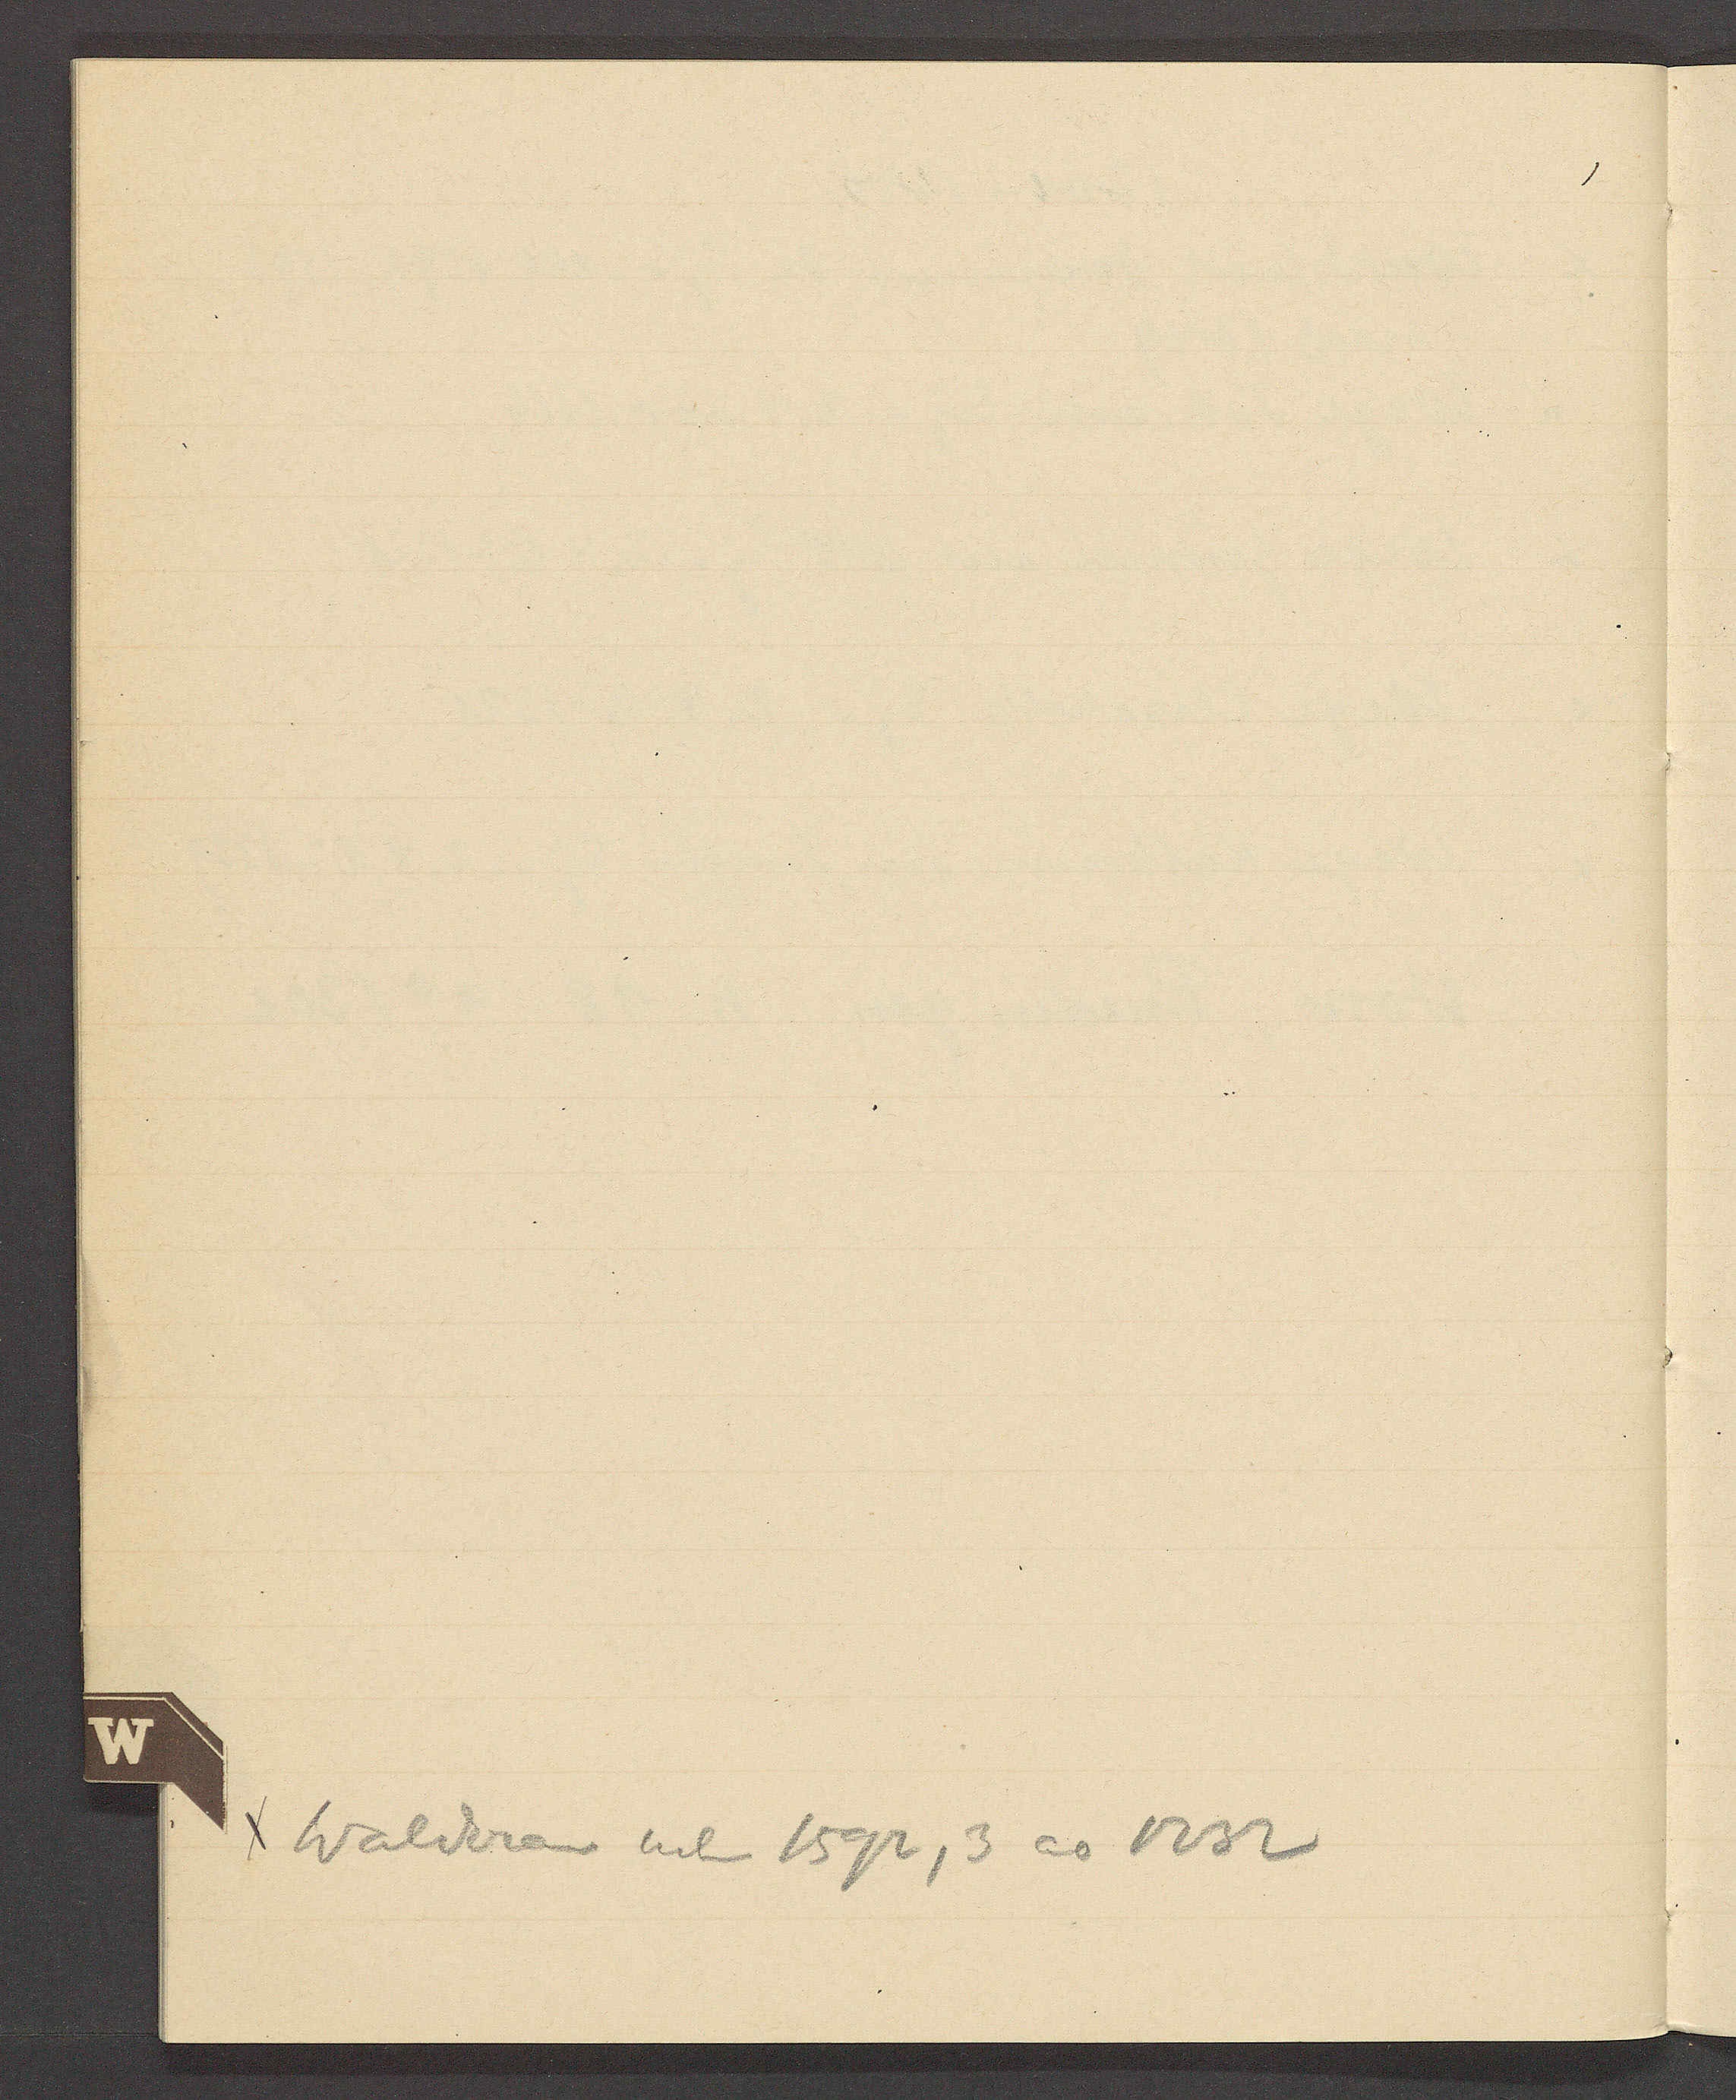
Transcript:
Walderan neb 1592, 3 ao 1232